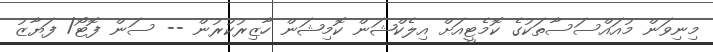
މިނިވަން މުއައްސަސާތަކުގެ ކޮމެޓީއަށް އިލެކްޝަން ކޮމިޝަން ހާޒިރުކުރުން -- ސަން ފޮޓޯ/ ފަޔާޒު